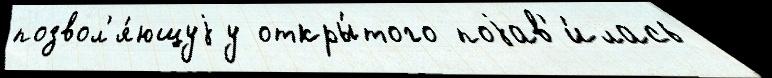
позвол'я́ющуjу откры́того поjав'и́лась